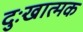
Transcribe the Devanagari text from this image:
दुःखात्मक